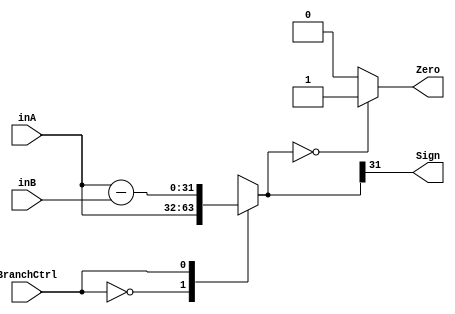
`timescale 1ns / 1ps
//////////////////////////////////////////////////////////////////////////////////
// Company: 
// Engineer: 
// 
// Design Name: 
// Module Name: CheckEqual
// Project Name: 
// Target Devices: 
// Tool Versions: 
// Description: 
// 
// Dependencies: 
// 
// Revision:
// Revision 0.01 - File Created
// Additional Comments:
// 
//////////////////////////////////////////////////////////////////////////////////


module CheckEqual(inA, inB, BranchCtrl, Zero, Sign);
    input[31:0] inA, inB;
    input BranchCtrl; //MSB of branch control signals
    output reg Zero, Sign;
    reg [31:0] result;
    
    always@(*) begin
        result <= 0;
        Zero <= 0;
        Sign <= 0;
        case(BranchCtrl)
            1'b0: begin //Branch dependant on A compared to zero
                result = inA; //inA - 0. If sign(inA) == 1, less than zero
            end
            1'b1: begin //Branch dependant on A compared to B
                result = inA - inB;           
            end
        endcase
        if(result == 0) begin
            Zero <= 1;
        end
        Sign <= result[31];
    end
endmodule